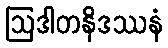
ဩဒါတနိဒဿနံ